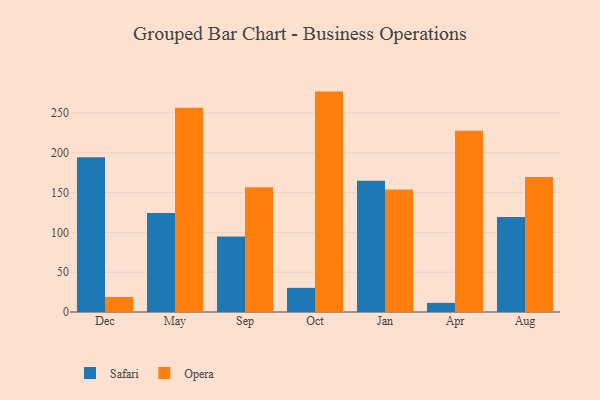
{"axis": {"x": "Month", "y": "Tickets Resolved"}, "legend": ["Opera", "Safari"], "data": [{"x": "Dec", "y": 194.2, "type": "Safari"}, {"x": "Dec", "y": 18.9, "type": "Opera"}, {"x": "May", "y": 124.4, "type": "Safari"}, {"x": "May", "y": 256.5, "type": "Opera"}, {"x": "Sep", "y": 94.8, "type": "Safari"}, {"x": "Sep", "y": 156.6, "type": "Opera"}, {"x": "Oct", "y": 30.3, "type": "Safari"}, {"x": "Oct", "y": 276.8, "type": "Opera"}, {"x": "Jan", "y": 164.9, "type": "Safari"}, {"x": "Jan", "y": 153.9, "type": "Opera"}, {"x": "Apr", "y": 11.5, "type": "Safari"}, {"x": "Apr", "y": 227.7, "type": "Opera"}, {"x": "Aug", "y": 119.4, "type": "Safari"}, {"x": "Aug", "y": 169.6, "type": "Opera"}]}